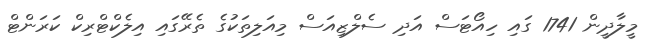
މީލާދީން 1741 ގައި ހިއޯޓަސް އަދި ސެލްޒިއަސް މިއަލިތަކުގެ ތެރޭގައި އިލެކްޓްރިކް ކަރަންޓް